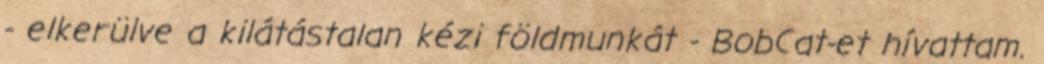
- elkerülve a kilátástalan kézi földmunkát - BobCat-et hívattam.